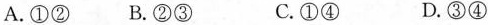
A.①② B.②③ C.①④ D.③④